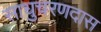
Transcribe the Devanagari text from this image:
साधुचरणदास